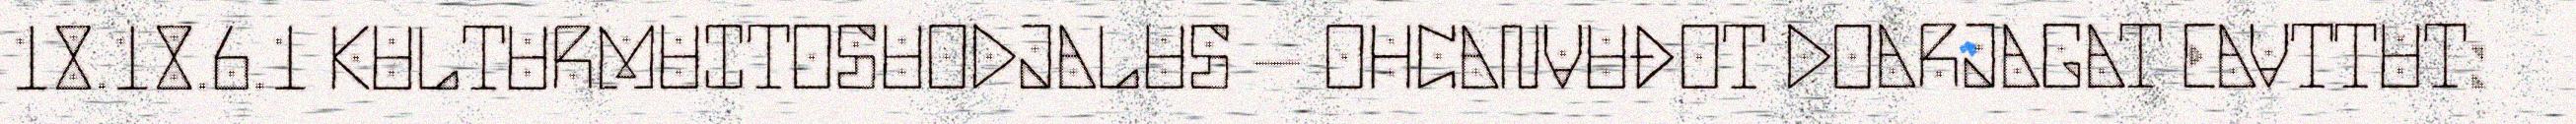
18.18.6.1 KULTURMUITOSUODJALUS – OHCANVUĐOT DOARJAGAT EAVTTUT: